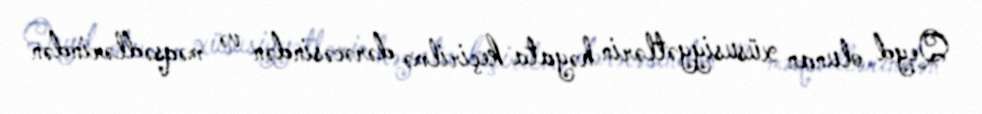
Qeyd olunan xüsusiyyətlərin həyata keçirilmə dərəcəsindən və məqsədlərindən